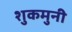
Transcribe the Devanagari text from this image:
शुकमुनी